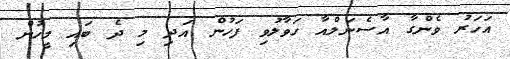
އަހަރު ވެންގާ އާސެނަލްއާ ހަވާލުވި ފަހުން އަދި މި ދެ ބައި މީހުން